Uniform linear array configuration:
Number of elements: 24
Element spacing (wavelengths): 0.75
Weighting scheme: cosine
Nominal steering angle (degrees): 30
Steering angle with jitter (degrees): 31.418
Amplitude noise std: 0.05
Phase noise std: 0.05

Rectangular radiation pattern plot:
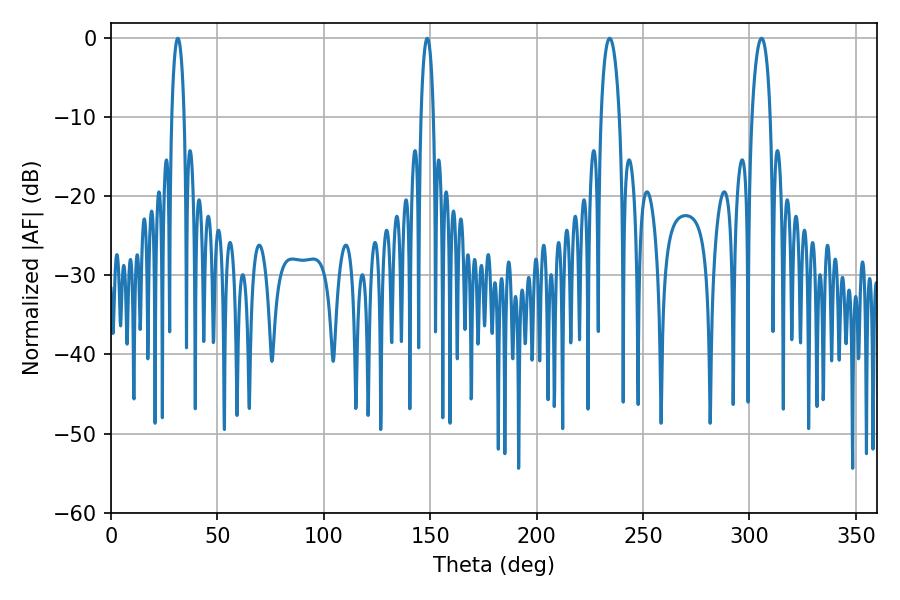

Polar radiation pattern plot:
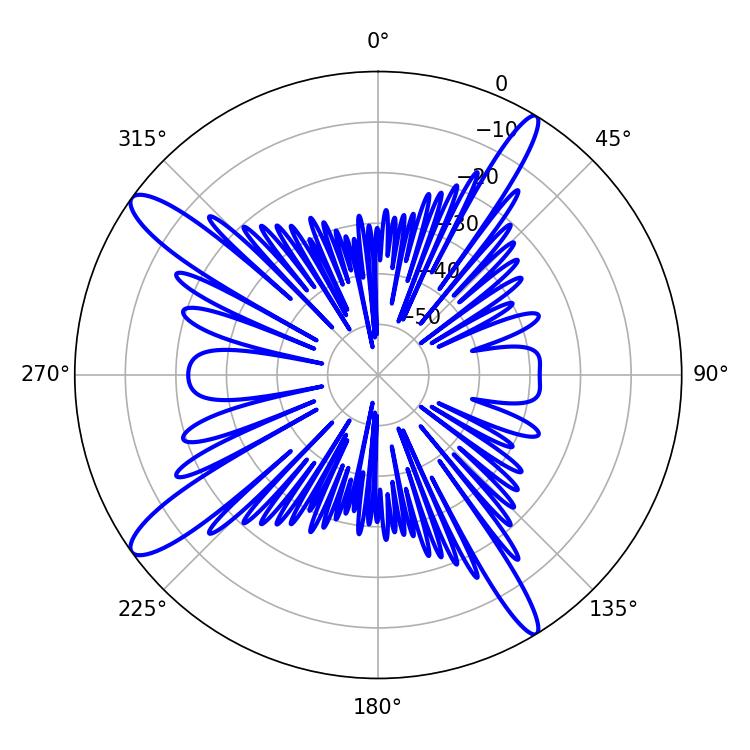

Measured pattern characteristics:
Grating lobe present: TRUE
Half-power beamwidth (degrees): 4.86
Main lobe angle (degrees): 305.64